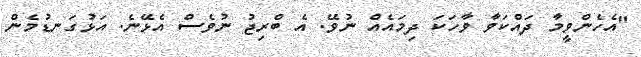
"އެހެންވީމާ ދައްކަވާ ވާހަކަ ދިމައެއް ނުވޭ. އެ ބްރިޖު ނުވެސް އެޅޭނެ. އަޅުގަނޑުމެން